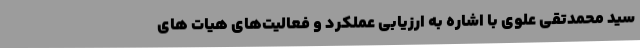
سید محمدتقی علوی با اشاره به ارزیابی عملکرد و فعالیت‌های هیات های